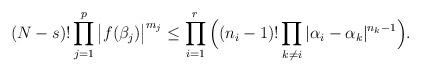
LaTeX: \begin{align*} (N-s)! \prod_{j=1}^p \big|f(\beta_j)\big|^{m_j} \le \prod_{i=1}^r \Big( (n_i-1)! \prod_{k\neq i}|\alpha_i-\alpha_k|^{n_k-1}\Big).\end{align*}